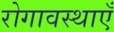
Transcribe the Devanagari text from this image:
रोगावस्थाएँ